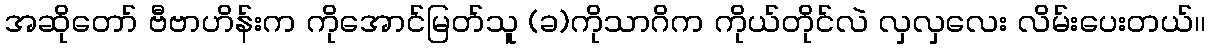
အဆိုတော် ဗီဗာဟိန်းက ကိုအောင်မြတ်သူ (ခ)ကိုသာဂိက ကိုယ်တိုင်လဲ လှလှလေး လိမ်းပေးတယ်၊၊